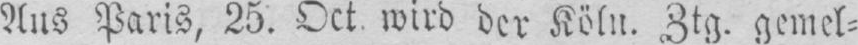
Aus Paris, 25. Oct. wird der Köln. Ztg. gemel⸗